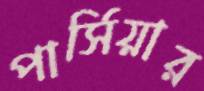
পার্সিয়ার